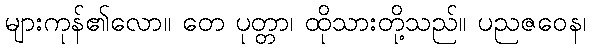
များကုန်၏လော။ တေ ပုတ္တာ၊ ထိုသားတို့သည်။ ပညဇဝေန၊